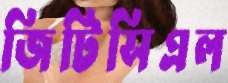
জিটিসিএল